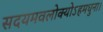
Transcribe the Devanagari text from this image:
सदयमवलोक्योऽहमधुना।